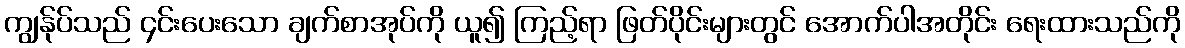
ကျွန်ုပ်သည် ၄င်းပေးသော ချက်စာအုပ်ကို ယူ၍ ကြည့်ရာ ဖြတ်ပိုင်းများတွင် အောက်ပါအတိုင်း ရေးထားသည်ကို